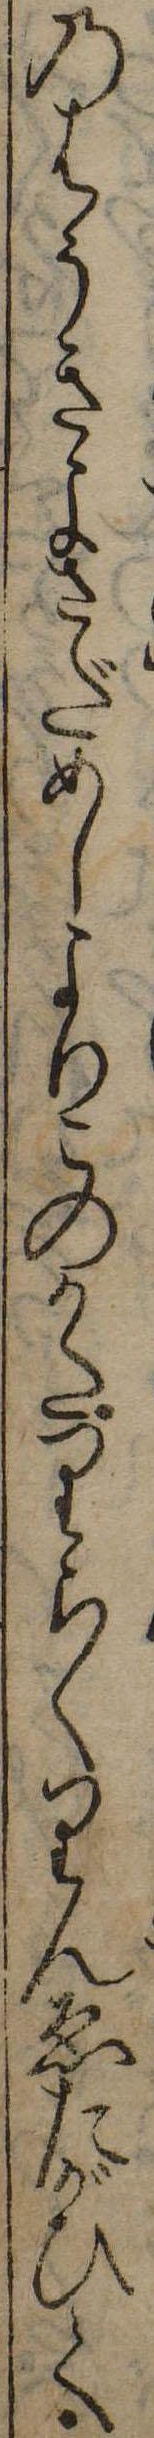
のはうきよさだめしよりこのかたりらくりんゑたがひて